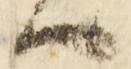
候